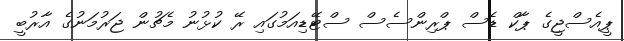
ޕީއެސްޖީގެ ޕާކް ޑެސް ޕްރިންސެސް ސްޓޭޑިއަމުގައި ރޭ ކުޅުނު މެޗުން ޖަރުމަނުގެ އާރުބީ